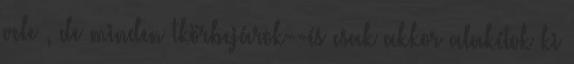
vele , de minden tkörbejárok--és csak akkor alakítok ki